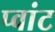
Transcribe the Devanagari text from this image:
प्वांट